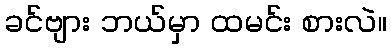
ခင်ဗျား ဘယ်မှာ ထမင်း စားလဲ။